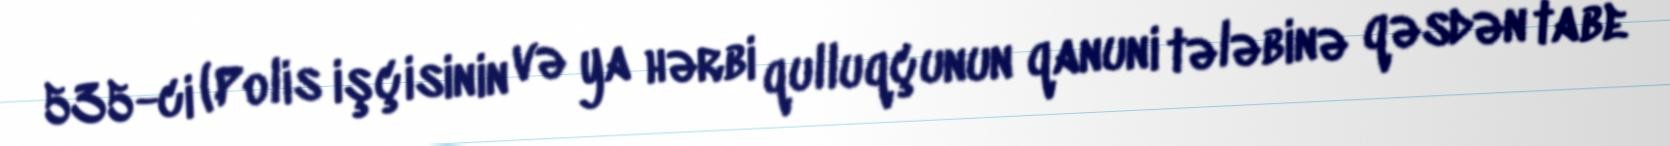
535-ci (Polis işçisinin və ya hərbi qulluqçunun qanuni tələbinə qəsdən tabe